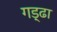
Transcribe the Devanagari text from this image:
गड़्ढा